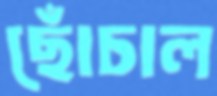
ছোঁচাল